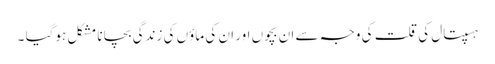
ہسپتال کی قلت کی وجہ سے ان بچوں اور ان کی ماؤں کی زندگی بچانا مشکل ہوگیا ۔